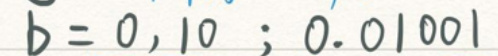
$B = \{ 0,10;0.01001\}$